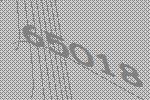
65018